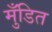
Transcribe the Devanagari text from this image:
मुँडित